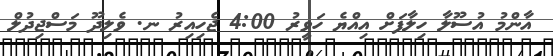
އާންމު އުސޫލާ ހިލާފަށް އިއްޔެ ހަވީރު 4:00 ޖެހިއިރު ނ. ވެލިދޫ މަސްޖިދުލް